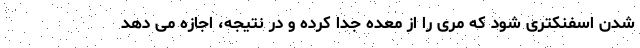
شدن اسفنکتری شود که مری را از معده جدا کرده و در نتیجه، اجازه می دهد